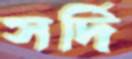
সর্দি